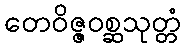
တေဝိဇ္ဇဝစ္ဆသုတ္တံ